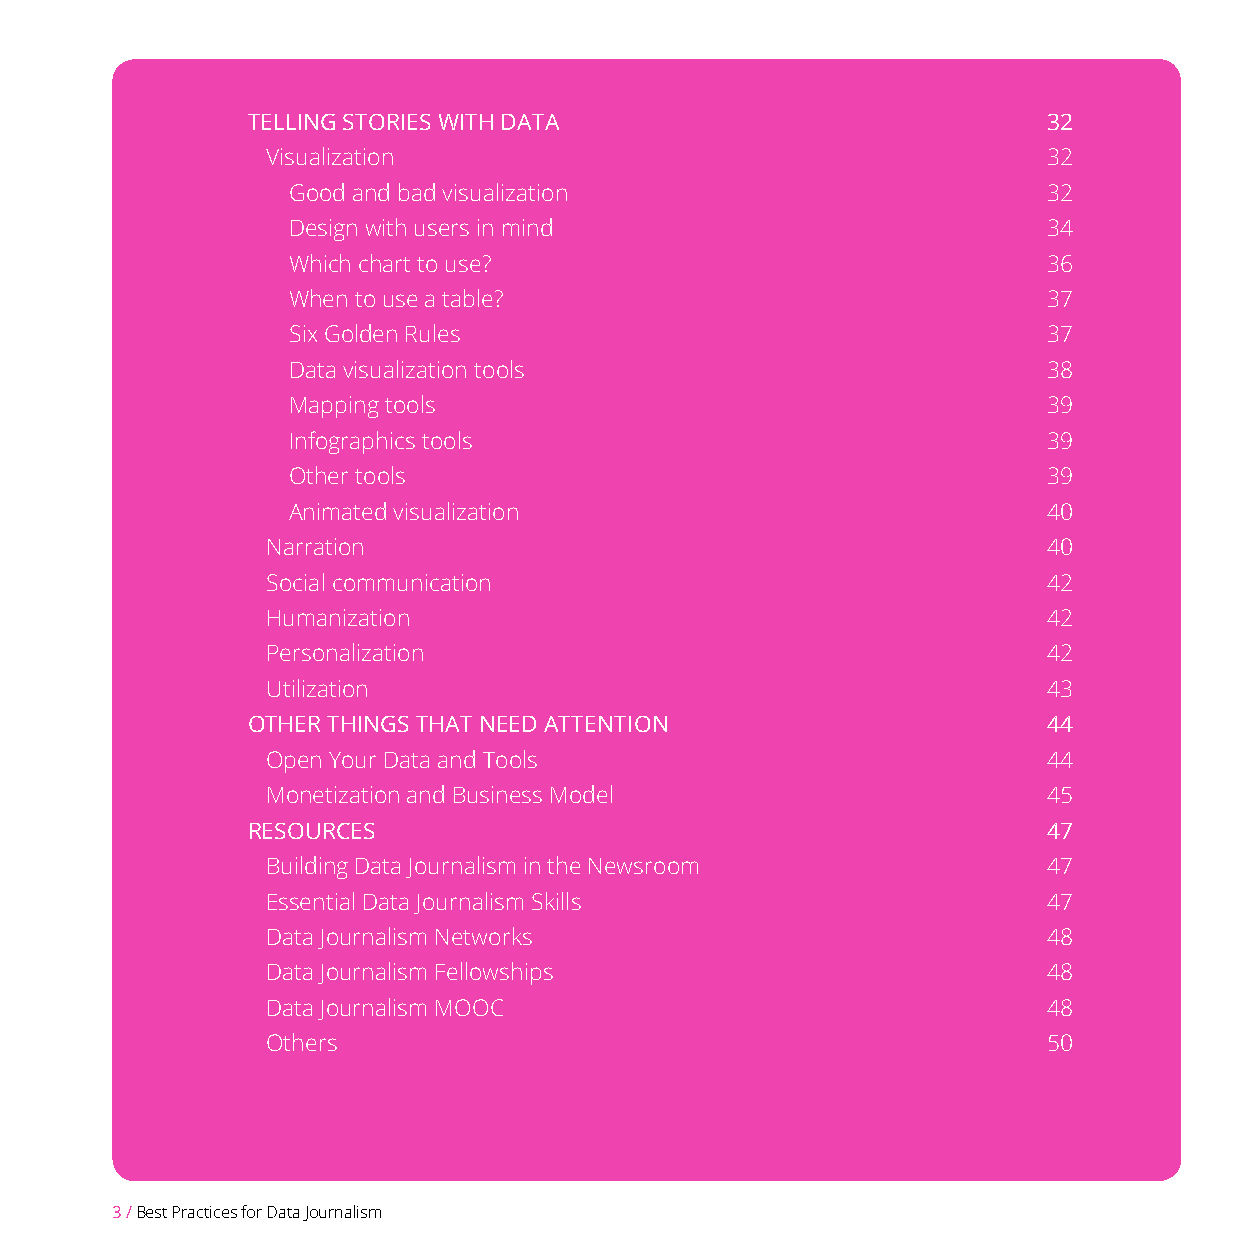
TELLING STORIES WITH DATA                            32
 Visualization                                      32
 Good and bad visualization                        32
 Design with users in mind                         34
 Which chart to use?                               36
 When to use a table?                              37
 Six Golden Rules                                  37
 Data visualization tools                          38
 Mapping tools                                     39
 Infographics tools                                39
 Other tools                                       39
 Animated visualization                            40
 Narration                                          40
 Social communication                               42
 Humanization                                       42
 Personalization                                    42
 Utilization                                        43
 OTHER THINGS THAT NEED ATTENTION                     44
 Open Your Data and Tools                           44
 Monetization and Business Model                    45
 RESOURCES                                            47
 Building Data Journalism in the Newsroom           47
 Essential Data Journalism Skills                   47
 Data Journalism Networks                           48
 Data Journalism Fellowships                        48
 Data Journalism MOOC                               48
 Others                                             50
 3 / Best Practices for Data Journalism